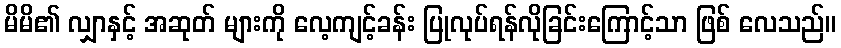
မိမိ၏ လျှာနှင့် အဆုတ် များကို လေ့ကျင့်ခန်း ပြုလုပ်ရန်လိုခြင်းကြောင့်သာ ဖြစ် လေသည်။